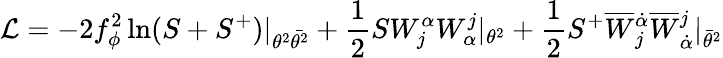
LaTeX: {\cal L}=-2f_{\phi}^{2}\ln(S+S^{+})|_{\theta^{2}\bar{\theta^{2}}}+\frac{1}{2}SW_{j}^{\alpha}W_{\alpha}^{j}|_{\theta^{2}}+\frac{1}{2}S^{+}\overline{{{W}}}{}_{j}^{\dot{\alpha}}\overline{{{W}}}{}_{\dot{\alpha}}^{j}|_{\bar{\theta}^{2}}